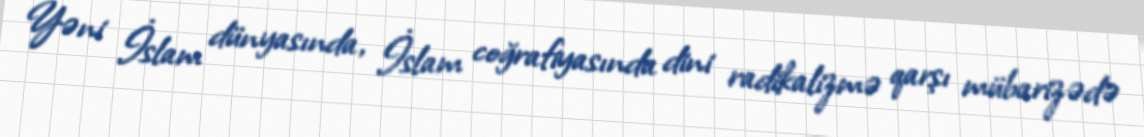
Yəni İslam dünyasında, İslam coğrafiyasında dini radikalizmə qarşı mübarizədə